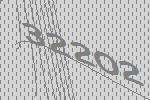
32202